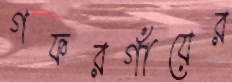
গফরগাঁয়ের